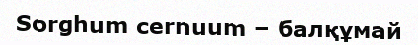
Sorghum cernuum – балқұмай